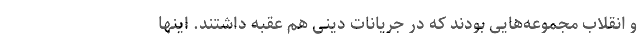
و انقلاب مجموعه‌هایی بودند که در جریانات دینی هم عقبه داشتند. اینها